Annual report on the working of the mental hospitals in the Madras Presidency - 1912-1932
Year: 1912
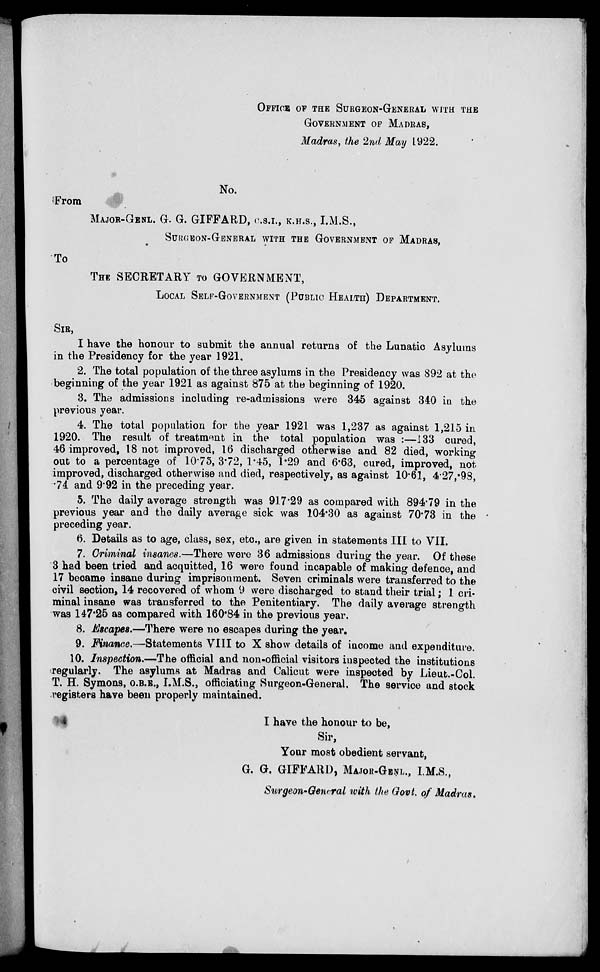
OFFICE OF THE SURGEON-GENERAL WITH THE
GOVERNMENT OF MADRAS,
Madras, the 2nd May 1922.
No.
From
MAJOR-GENL. G. G. GIFFARD, C.S.I., K.H.S., I.M.S.,
SURGEON-GENERAL WITH THE GOVERNMENT OF MADRAS,
To
THE SECRETARY TO GOVERNMENT,
LOCAL SELF-GOVERNMENT (PUBLIC HEALTH) DEPARTMENT.
SIR,
I have the honour to submit the annual returns of the Lunatic Asylums
in the Presidency for the year 1921.
2. The total population of the three asylums in the Presidency was 892 at the
beginning of the year 1921 as against 875 at the beginning of 1920.
3. The admissions including re-admissions were 345 against 340 in the
previous year.
4. The total population for the year 1921 was 1,237 as against 1,215 in
1920. The result of treatment in the total population was :—133 cured,
46 improved, 18 not improved, 16 discharged otherwise and 82 died, working
out to a percentage of 10.75, 3.72, 1.45, 1.29 and 6.63, cured, improved, not
improved, discharged otherwise and died, respectively, as against 10.61, 4.27,.98,
.74 and 9.92 in the preceding year.
5. The daily average strength was 917.29 as compared with 894.79 in the
previous year and the daily average sick was 104.30 as against 70.73 in the
preceding year.
6. Details as to age, class, sex, etc., are given in statements III to VII.
7. Criminal insanes.—There were 36 admissions during the year. Of these
3 had been tried and acquitted, 16 were found incapable of making defence, and
17 became insane during imprisonment. Seven criminals were transferred to the
civil section, 14 recovered of whom 9 were discharged to stand their trial; 1 cri-
minal insane was transferred to the Penitentiary. The daily average strength
was 147.25 as compared with 160.84 in the previous year.
8. Escapes.—There were no escapes during the year.
9. Finance.—Statements VIII to X show details of income and expenditure.
10. Inspection.—The official and non-official visitors inspected the institutions
regularly. The asylums at Madras and Calicut were inspected by Lieut.-Col.
T. H. Symons, O.B.E., I.M.S., officiating Surgeon-General. The service and stock
registers have been properly maintained.
I have the honour to be,
Sir,
Your most obedient servant,
G. G. GIFFARD, MAJOR-GENL., I.M.S.,
Surgeon-General with the Govt. of Madras.